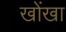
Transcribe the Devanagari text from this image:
खोंखा